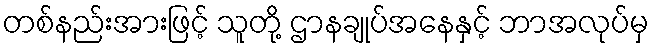
တစ်နည်းအားဖြင့် သူတို့ ဌာနချုပ်အနေနှင့် ဘာအလုပ်မှ